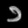
Digit: ၁